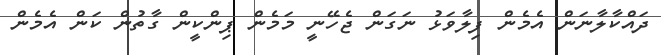
ދައްކާލާނަން އެމެން ފިލާވަޅު ނަގަން ޖެހޭނީ މަމެން ޕިންކީން ގާތުން ކަން އެމެން